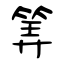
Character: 筭